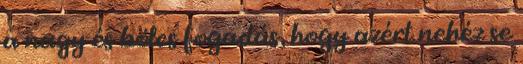
a nagy és bölcs fogadás, hogy azért nehéz se